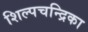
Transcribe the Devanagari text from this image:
शिल्पचन्द्रिका